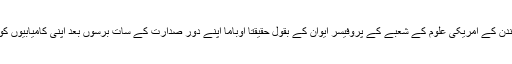
یونیورسٹی کالج لندن کے امریکی علوم کے شعبے کے پروفیسر ایوان کے بقول حقیقتاً اوباما اپنے دورِ صدارت کے سات برسوں بعد اپنی کامیابیوں کو گنوا سکتے ہیں۔